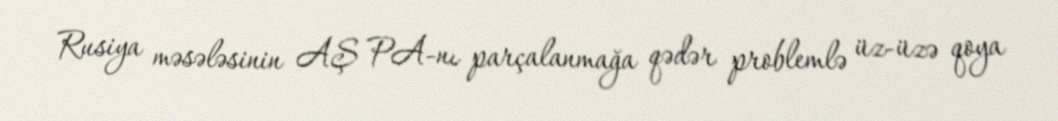
Rusiya məsələsinin AŞ PA-nı parçalanmağa qədər problemlə üz-üzə qoya